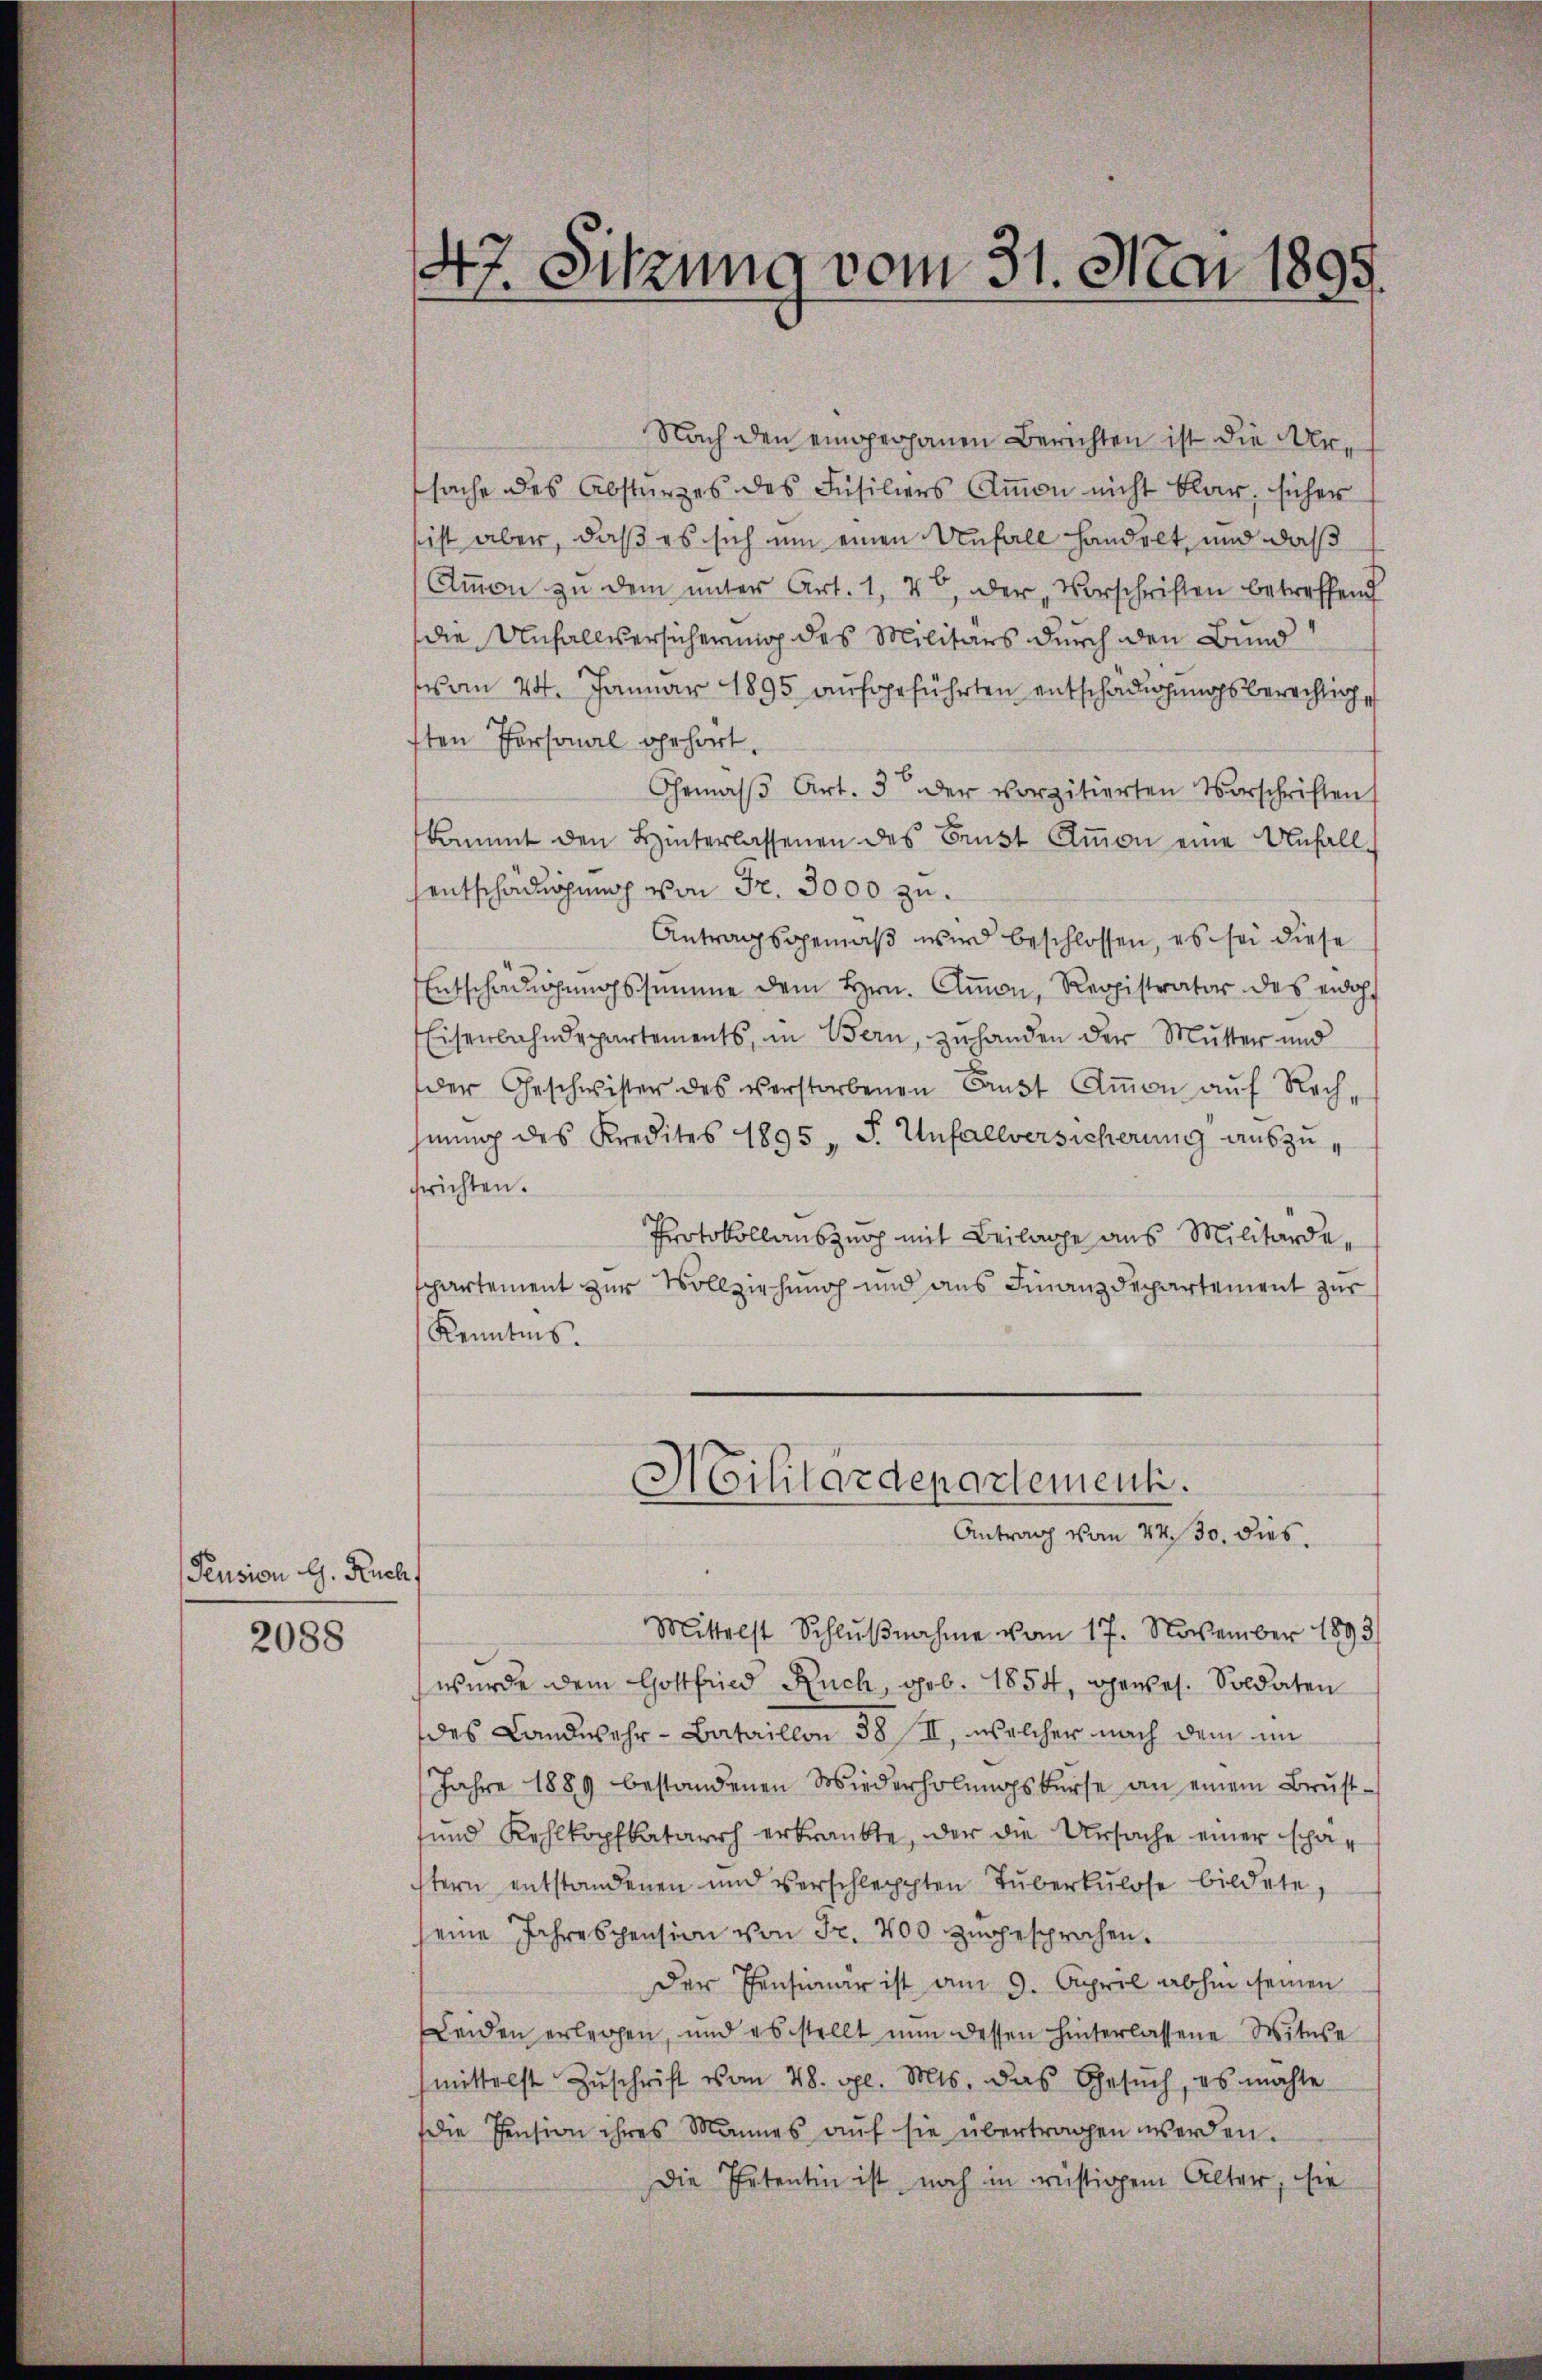
Pension G. Ruch

2088

47. Sitzung vom 31. Mai 1895.

Nach den eingerhanen Berichten ist die Ursache des Absturzes des Füsiliers Ammon nicht klar, sicher
sist aber, daß es sich um einen Unfall handelt, und daß
Aṁmon zu dem ŭnter Art. 1, 40, der Vorschriften betreffend
die Unfallversicherung des Militärs durch den Bund
vom 24. Januar 1895 aufgeführten entschädigungsberechtige
sten Personal gehört,
Gemäβ Art. 3 der vorzitierten Vorschriften
kommt den Hinterlassenen des Brust Amon eine Unfall
sentschädigung von Fr. 3000 zu.
Antragsgemäß wird beschlossen, es sei diese
Entschädigungssumme dem Hrn. Amon, Registrator des eidoh
Eisenbahndepartements, in Bern, zuhanden der Mutter und
der Geschwister des verstorbenen Aŭst Amon aŭf Rech-
hnung des Kredites 1895 " F. Unfallversicherung auszufrichten.
Protokollauszurp mit Beilage aus Militärdepartement zur Vollziehung und aus Finanzdepartement zur
Kenntnis.
Militärdepartement.
Antrag von 47. 30. dies
Mittelst Schlŭβnahme vom 17. November 1893
wurde dem Gottfried Ruch, geb. 1854, gewes. Soldaten
des Landwehr-Bataillon 38 II, welcher nach dem im
Jahre 1889 bestandenen Wiederholŭngskurse an einem Brust-
und Kehlkopfkatarisch erkrankte, der die Ursache einer schästern entstandenen und verschleppten Tuberkulose bildete,
seine Jahrespension von Fr. 400 zugesprochen.
Der Pensimar ist am 9. April abhin seinen
Leiden erlegen, und es stellt nun dessen hinterlassene Witwe
mittelst Zŭschrift vom 28. gl. Mts. das Gesŭch, es machte
die Pension ihres Mannes aŭf sie übertragen werden.
Die Ehetentin ist noch in rüstigem Alter, sie